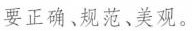
要正确、规范、美观。